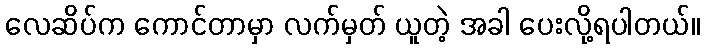
လေဆိပ်က ကောင်တာမှာ လက်မှတ် ယူတဲ့ အခါ ပေးလို့ရပါတယ်။